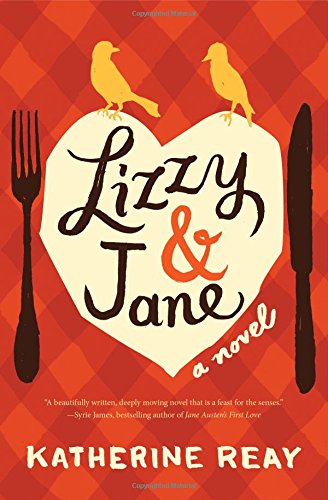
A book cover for Lizzy and   Jane; Katherine Reay; Romance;